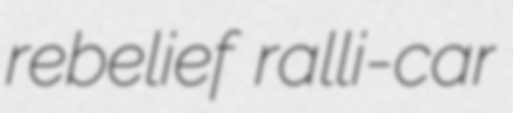
rebelief ralli-car